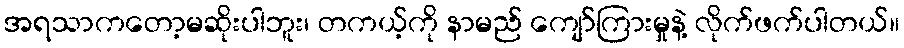
အရသာကတော့မဆိုးပါဘူး၊ တကယ့်ကို နာမည် ကျော်ကြားမှုနဲ့ လိုက်ဖက်ပါတယ်။